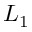
L _ { 1 }